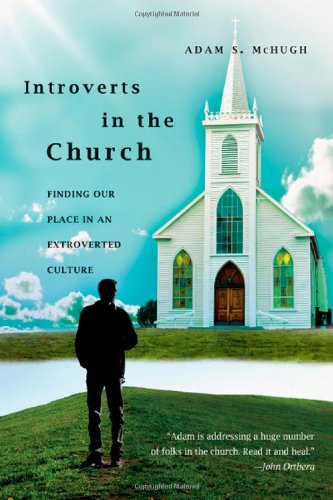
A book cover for Introverts in the Church: Finding Our Place in an Extroverted Culture; Adam S. McHugh; Christian Books & Bibles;